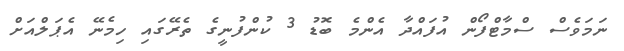
ނަމަވެސް ސްމާޓްފޯން އުފައްދާ އެންމެ ބޮޑު 3 ކުންފުނީގެ ތެރޭގައި ހިމެނޭ އެޕަލްއަށް